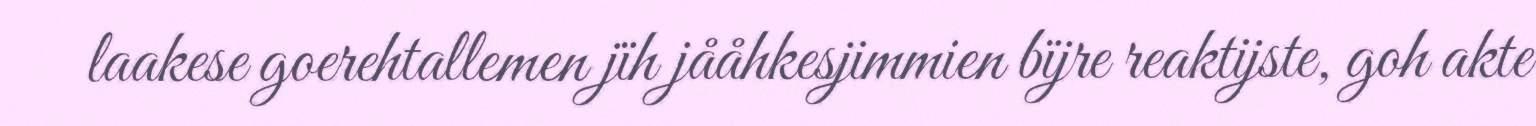
laakese goerehtallemen jïh jååhkesjimmien bïjre reaktijste, goh akte